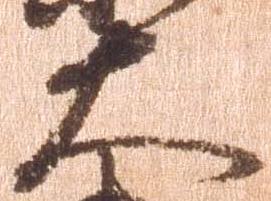
大